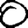
Digit: 0